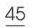
\(45\)